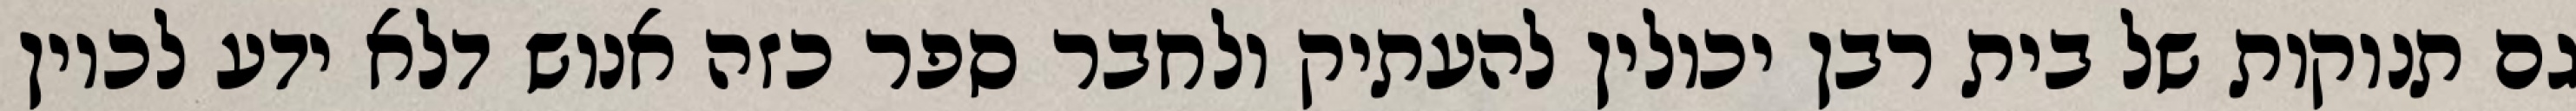
גם תנוקות של בית רבן יכולין להעתיק ולחבר ספר כזה אנוש דלא ידע לכוין